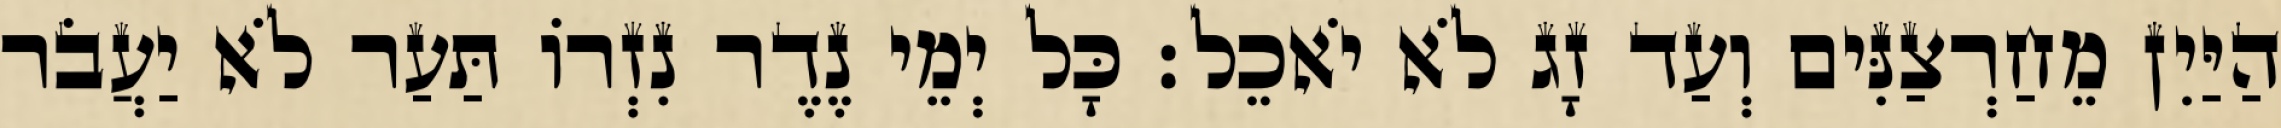
הַיַּיִן מֵחַרְצַנִּים וְעַד זָג לֹא יֹאכֵל׃ כָּל יְמֵי נֶדֶר נִזְרוֹ תַּעַר לֹא יַעֲבֹר